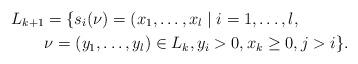
LaTeX: \begin{align*} L_{k+1} & = \{ s_i(\nu) = (x_1, \dots, x_l \mid i = 1,\dots, l, \\ & \nu = (y_1, \dots, y_l) \in L_k, y_i > 0, x_k \geq 0, j > i \}. \end{align*}